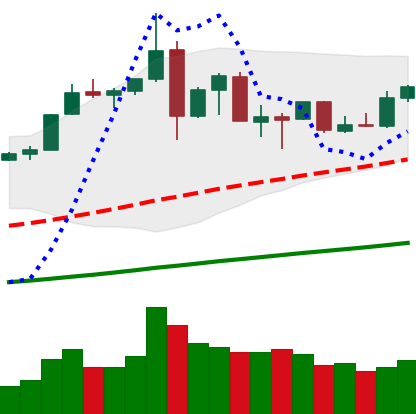
Ticker: ETH-USD
Chart end date: 2019-07-08
Forward return: -13.98%
Label: down_7plus